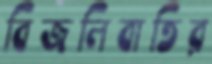
বিজলিবাতির